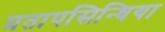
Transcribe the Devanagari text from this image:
प्रतापसिन्धिया